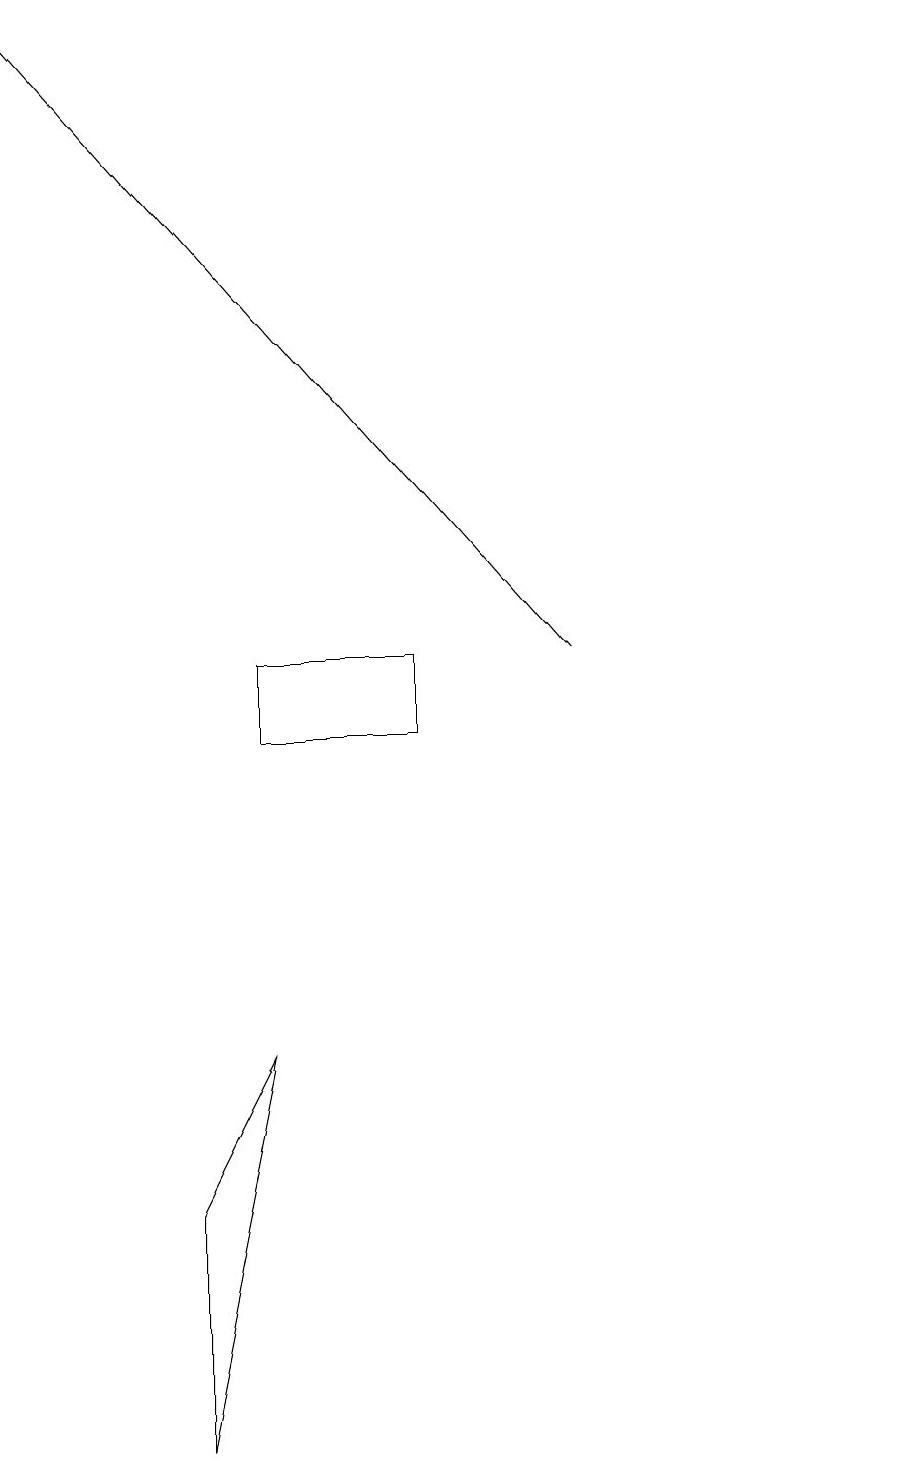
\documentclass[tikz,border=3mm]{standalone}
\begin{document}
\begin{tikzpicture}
\draw (2,1) -- (3,6) -- (2,4) -- cycle;
\draw (3,10) rectangle (5,11);
\draw[->] (7,11) -- (0,19);
\draw (11,10) circle (0);
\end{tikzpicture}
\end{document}